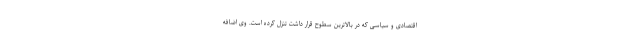
اقتصادی و سیاسی که در بالاترین سطوح قرار داشت تنزل کرده است. وی اضافه